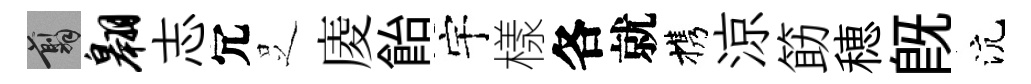
翦翱志冗𠯁庱飴宇樣各就携涼筯穂既沆